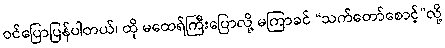
ဝင်ပြောပြန်ပါတယ်၊ ထို မထေရ်ကြီးပြောလို့ မကြာခင် “သက်တော်စောင့်”လို့